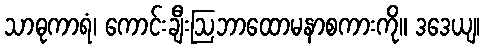
သာဓုကာရံ၊ ကောင်းချီးဩဘာထောမနာစကားကို။ ဒဒေယျ၊